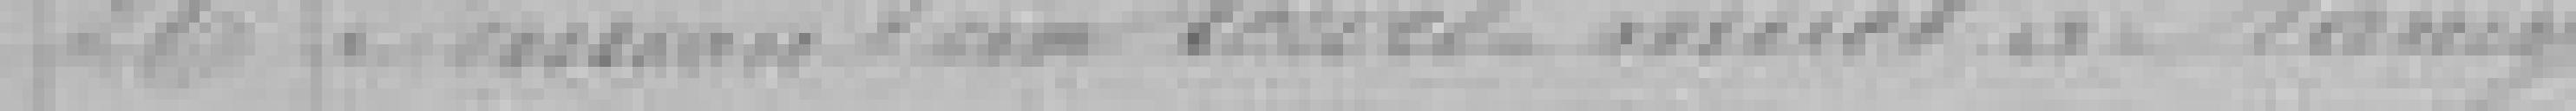
26. ?? d'un marché de.???? Nancy